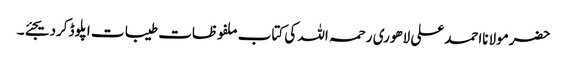
حضرمولانااحمدعلی لاھوری رحمہ اللہ کی کتاب ملفوظات طیبات اپلوڈکردیجئے۔